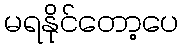
မရနိုင်တော့ပေ